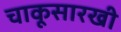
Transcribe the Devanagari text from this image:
चाकूसारखी